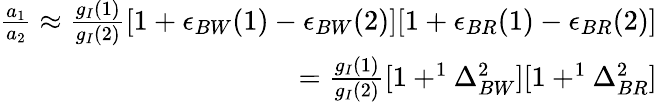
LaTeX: \begin{array}{r}{\frac{a_{1}}{a_{2}}\approx{\frac{g_{I}{(1)}}{g_{I}{(2)}}{[1+\epsilon_{BW}(1)-\epsilon_{BW}(2)][1+\epsilon_{BR}(1)-\epsilon_{BR}(2)]}}}\\ {={\frac{g_{I}{(1)}}{g_{I}{(2)}}{[1+^{1}\Delta_{BW}^{2}][1+^{1}\Delta_{BR}^{2}]}}}\end{array}